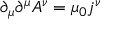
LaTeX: \partial _ { \mu } \partial ^ { \mu } A ^ { \nu } = \mu _ { 0 } j ^ { \nu }